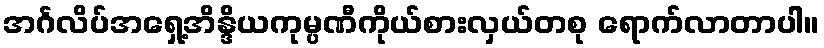
အင်္ဂလိပ်အရှေ့အိန္ဒိယကုမ္ပဏီကိုယ်စားလှယ်တစု ရောက်လာတာပါ။